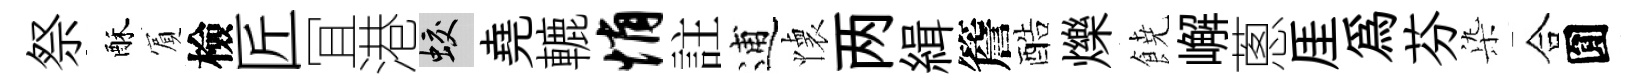
祭酥賔檢匠冝港蛟堯轆悄註逋懐两緝簷酷爍𩜙嶰蔥厓爲芬𣑱合圎